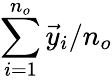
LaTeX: \sum_{i=1}^{n_{o}}\vec{y}_{i}/n_{o}